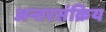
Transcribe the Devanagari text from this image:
अन्तरसंक्रिय